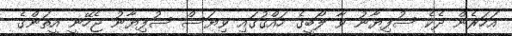
އަހަރެން ދެކެ ސުފިޔާނު ވާ ލޯބީގެ ހައްޤުގައި ވިޔަސް ސުފިޔާނު ޖެހޭނީ އީތަންގެ